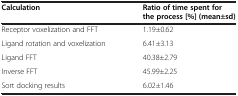
<table><thead><tr><td><b>Calculation</b></td><td><b>Ratio of time spent for the process [%] (mean±sd)</b></td></tr></thead><tbody><tr><td>Receptor voxelization and FFT</td><td>1.19±0.62</td></tr><tr><td>Ligand rotation and voxelization</td><td>6.41±3.13</td></tr><tr><td>Ligand FFT</td><td>40.38±2.79</td></tr><tr><td>Inverse FFT</td><td>45.99±2.25</td></tr><tr><td>Sort docking results</td><td>6.02±1.46</td></tr></tbody></table>